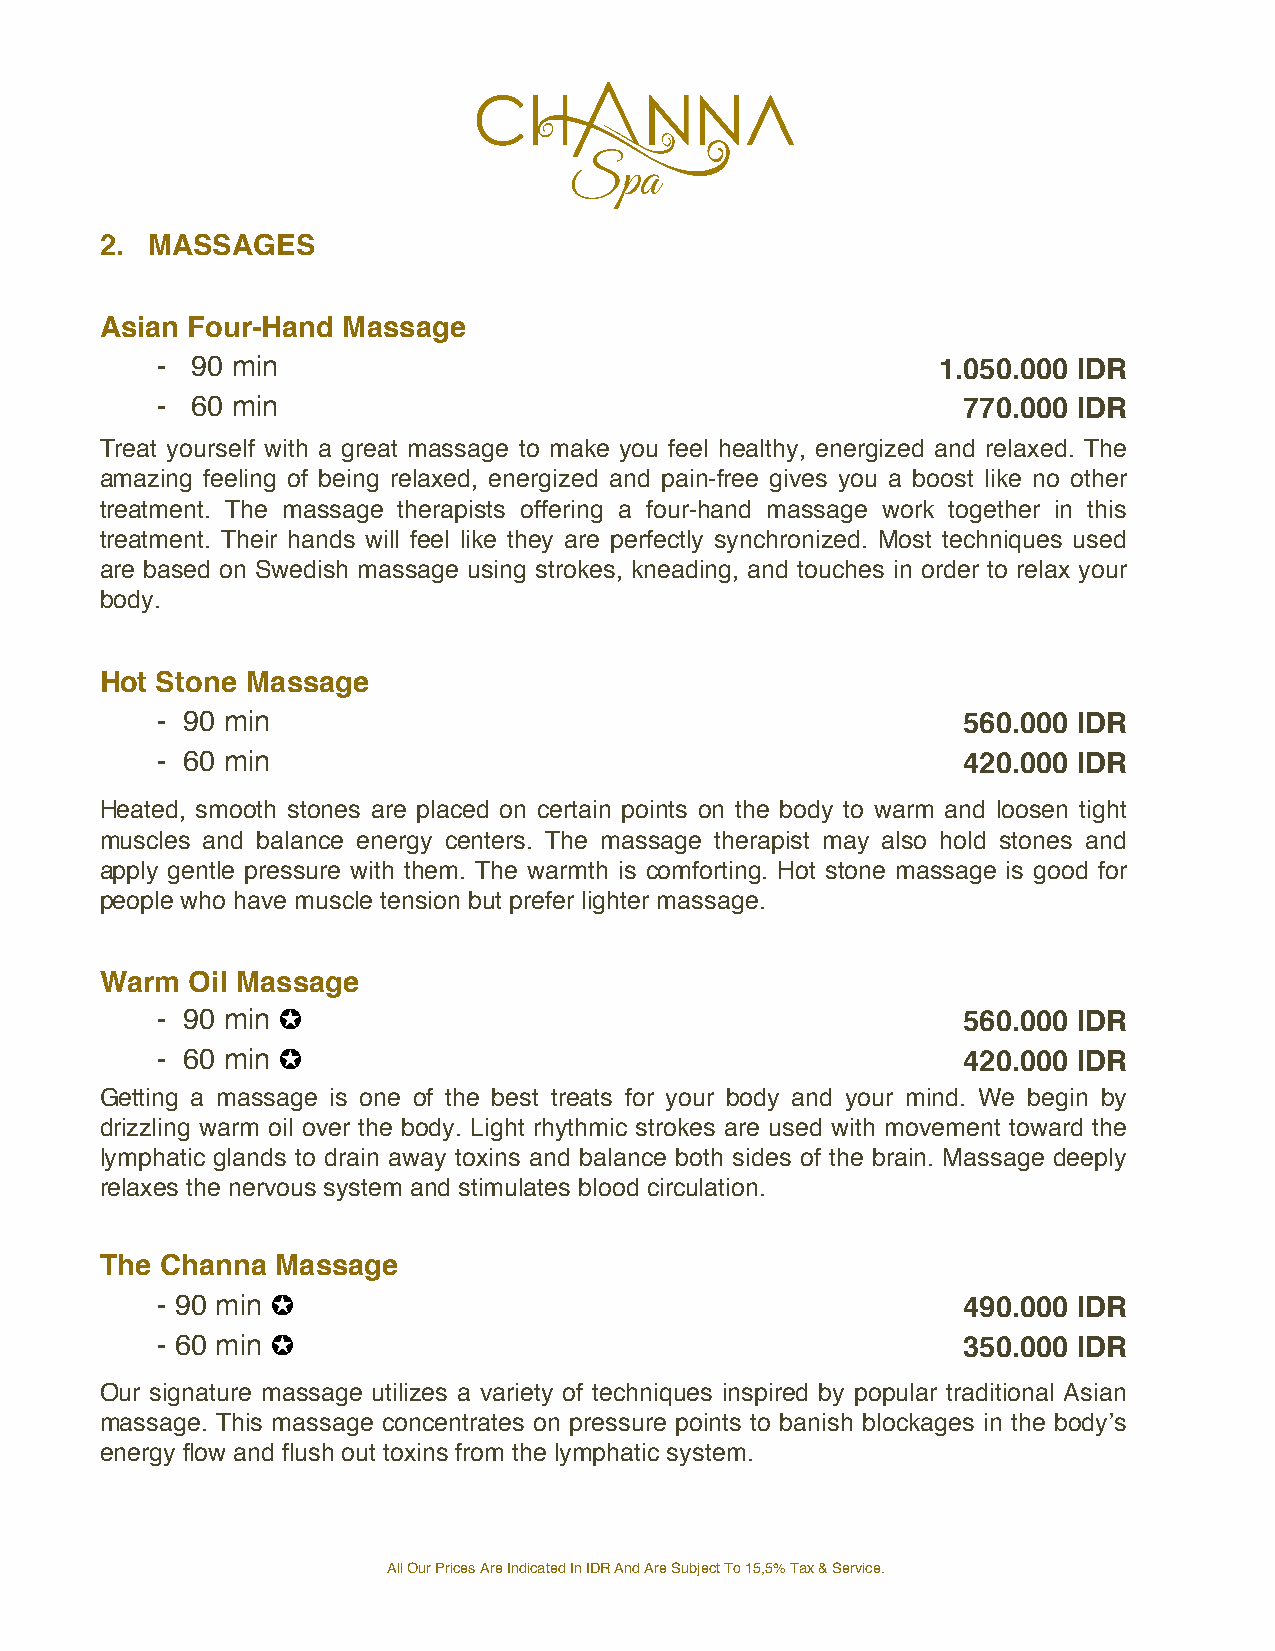
2. MASSAGES
 Asian Four-Hand Massage
 -  90 min                                           1.050.000 IDR
 -  60 min                                             770.000 IDR
 Treat yourself with a great massage to make you feel healthy, energized and relaxed. The
 amazing feeling of being relaxed, energized and pain-free gives you a boost like no other
 treatment. The massage therapists offering a four-hand massage work together in this
 treatment. Their hands will feel like they are perfectly synchronized. Most techniques used
 are based on Swedish massage using strokes, kneading, and touches in order to relax your
 body.
 Hot Stone Massage
 - 90 min                                              560.000 IDR
 - 60 min                                              420.000 IDR
 Heated, smooth stones are placed on certain points on the body to warm and loosen tight
 muscles and balance energy centers. The massage therapist may also hold stones and
 apply gentle pressure with them. The warmth is comforting. Hot stone massage is good for
 people who have muscle tension but prefer lighter massage.
 Warm Oil Massage
 - 90 min ✪                                            560.000 IDR
 - 60 min ✪                                            420.000 IDR
 Getting a massage is one of the best treats for your body and your mind. We begin by
 drizzling warm oil over the body. Light rhythmic strokes are used with movement toward the
 lymphatic glands to drain away toxins and balance both sides of the brain. Massage deeply
 relaxes the nervous system and stimulates blood circulation.
 The Channa Massage
 - 90 min ✪                                            490.000 IDR
 - 60 min ✪                                            350.000 IDR
 Our signature massage utilizes a variety of techniques inspired by popular traditional Asian
 massage. This massage concentrates on pressure points to banish blockages in the body’s
 energy flow and flush out toxins from the lymphatic system.
 All Our Prices Are Indicated In IDR And Are Subject To 15,5% Tax & Service.